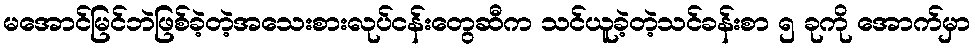
မအောင်မြင်ဘဲဖြစ်ခဲ့တဲ့အသေးစားလုပ်ငန်းတွေဆီက သင်ယူခဲ့တဲ့သင်ခန်းစာ ၅ ခုကို အောက်မှာ